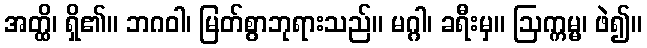
အတ္ထိ၊ ရှိ၏။ ဘဂဝါ၊ မြတ်စွာဘုရားသည်။ မဂ္ဂါ၊ ခရီးမှ။ ဩက္ကမ္မ၊ ဖဲ၍။